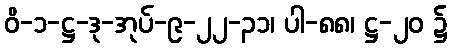
ဝိ-၁-ဋ္ဌ-ဒု-အုပ်-၉-၂၂-၃၁၊ ပါ-၈၈၊ ဋ္ဌ-၂၀ ၌